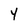
Character: 4